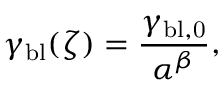
\gamma _ { \mathrm { b l } } ( \zeta ) = \frac { \gamma _ { \mathrm { b l , 0 } } } { \alpha ^ { \beta } } ,